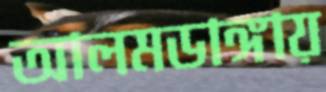
আলমডাঙ্গায়